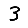
Digit: 3